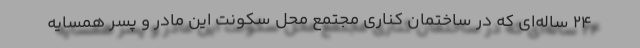
۲۴ ساله‌ای که در ساختمان کناری مجتمع محل سکونت این مادر و پسر همسایه